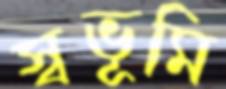
স্বভূমি